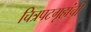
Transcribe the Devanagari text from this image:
चित्रपटगृहांची